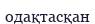
одақтасқан